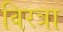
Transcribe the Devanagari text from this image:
विरत्रा